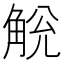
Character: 𧣥